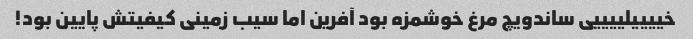
خییییلییییی ساندویچ مرغ خوشمزه بود آفرین اما سیب زمینی کیفیتش پایین بود!